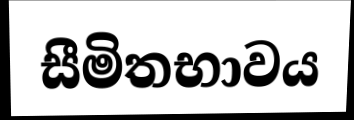
සීමිතභාවය